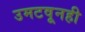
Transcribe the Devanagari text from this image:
उमटवूनही